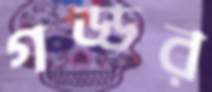
গড্ডর